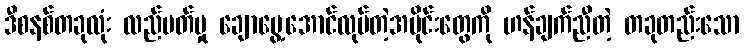
ဒီစနစ်တခုလုံး လည်ပတ်မှု ချောမွေ့အောင်လုပ်တဲ့အပိုင်းတွေကို ဟန်ချက်ညီတဲ့ တခုတည်းသော